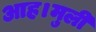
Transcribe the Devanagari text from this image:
आह।मुली